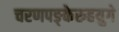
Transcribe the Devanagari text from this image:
चरणपङ्केरुहयुगे